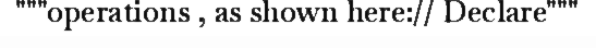
"""operations , as shown here:// Declare"""